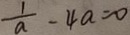
\frac { 1 } { a } - 4 a = 0